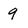
Character: 9